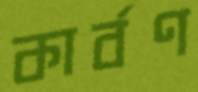
কার্বণ